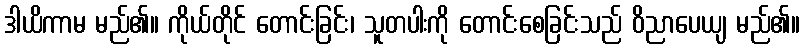
ဒါယိကာမ မည်၏။ ကိုယ်တိုင် တောင်းခြင်း၊ သူတပါးကို တောင်းစေခြင်းသည် ဝိညာပေယျ မည်၏။